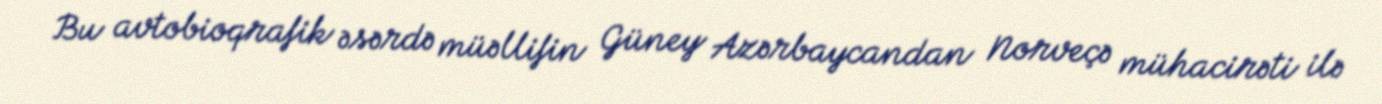
Bu avtobioqrafik əsərdə müəllifin Güney Azərbaycandan Norveçə mühacirəti ilə